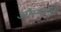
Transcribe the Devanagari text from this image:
औस्यातुन